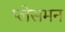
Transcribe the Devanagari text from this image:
प्लेसमन